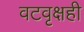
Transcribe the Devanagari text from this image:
वटवृक्षही